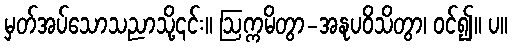
မှတ်အပ်သောသညာသို့၎င်း။ ဩက္ကမိတွာ-အနုပဝိသိတွာ၊ ဝင်၍။ ပ။